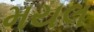
મયલ